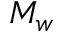
M _ { w }